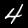
Label: 4